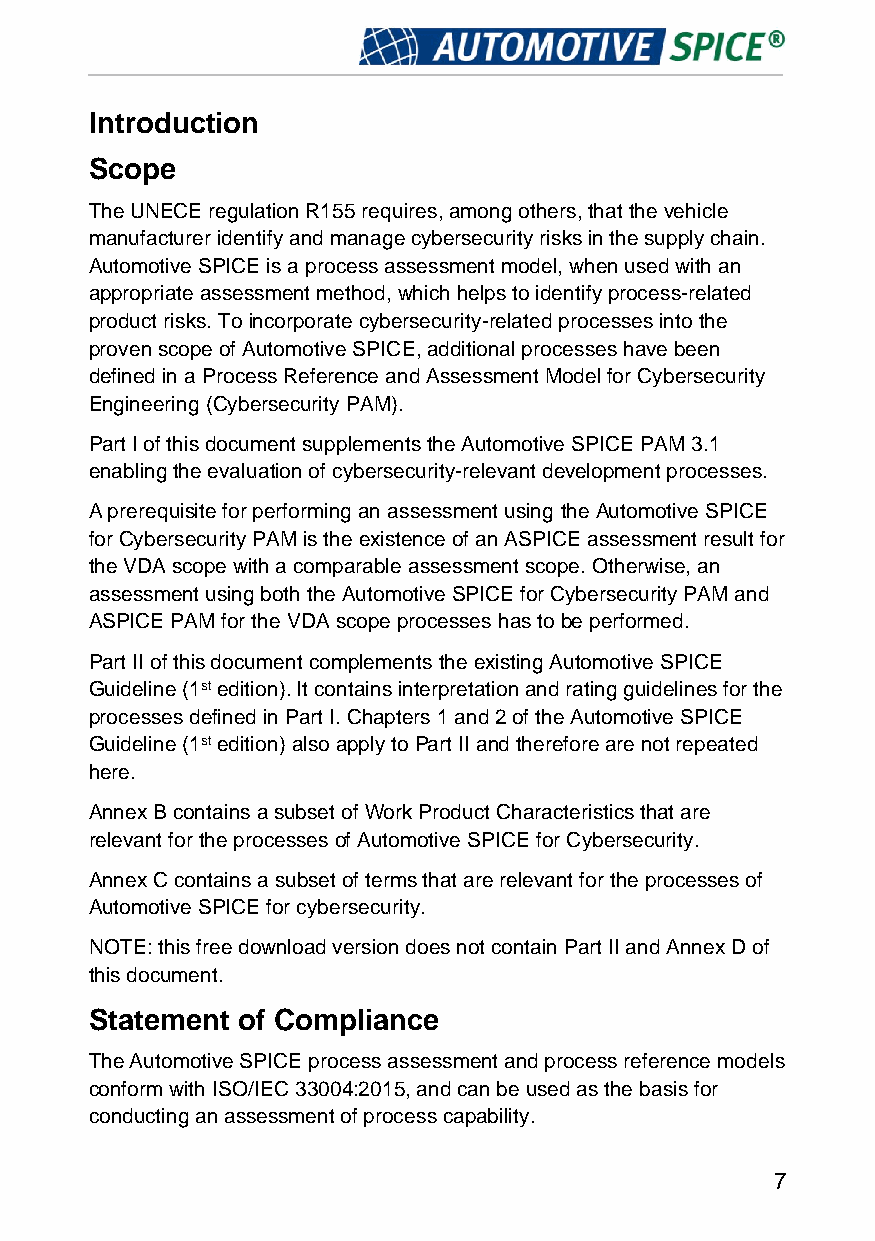
Introduction
 Scope
 The UNECE regulation R155 requires, among others, that the vehicle
 manufacturer identify and manage cybersecurity risks in the supply chain.
 Automotive SPICE is a process assessment model, when used with an
 appropriate assessment method, which helps to identify process-related
 product risks. To incorporate cybersecurity-related processes into the
 proven scope of Automotive SPICE, additional processes have been
 defined in a Process Reference and Assessment Model for Cybersecurity
 Engineering (Cybersecurity PAM).
 Part I of this document supplements the Automotive SPICE PAM 3.1
 enabling the evaluation of cybersecurity-relevant development processes.
 A prerequisite for performing an assessment using the Automotive SPICE
 for Cybersecurity PAM is the existence of an ASPICE assessment result for
 the VDA scope with a comparable assessment scope. Otherwise, an
 assessment using both the Automotive SPICE for Cybersecurity PAM and
 ASPICE PAM for the VDA scope processes has to be performed.
 Part II of this document complements the existing Automotive SPICE
 Guideline (1st edition). It contains interpretation and rating guidelines for the
 processes defined in Part I. Chapters 1 and 2 of the Automotive SPICE
 Guideline (1st edition) also apply to Part II and therefore are not repeated
 here.
 Annex B contains a subset of Work Product Characteristics that are
 relevant for the processes of Automotive SPICE for Cybersecurity.
 Annex C contains a subset of terms that are relevant for the processes of
 Automotive SPICE for cybersecurity.
 NOTE: this free download version does not contain Part II and Annex D of
 this document.
 Statement of Compliance
 The Automotive SPICE process assessment and process reference models
 conform with ISO/IEC 33004:2015, and can be used as the basis for
 conducting an assessment of process capability.
 7